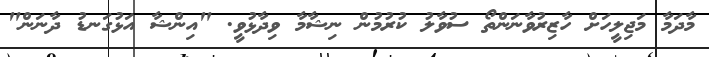
މާދަމާ މަޖިލީހަށް ހާޒިރުވާނަންތޯ ސުވާލު ކުރުމުން ނިޝާމާ ވިދާޅުވީ. "އިންޝާ އަޅުގަނޑު ދާނަން"